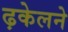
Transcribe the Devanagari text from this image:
ढ़केलने